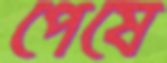
পেষে